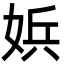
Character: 娦